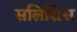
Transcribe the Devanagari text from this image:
सलिसिस